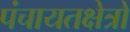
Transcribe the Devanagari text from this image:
पंचायतक्षेत्रों